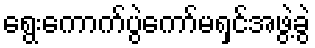
ရွေးကောက်ပွဲကော်မရှင်အဖွဲ့ခွဲ